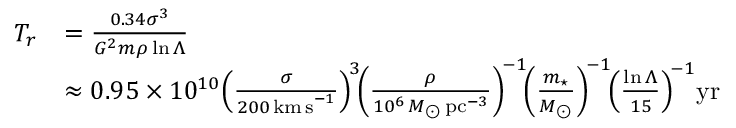
{ \begin{array} { r l } { T _ { r } } & { = { \frac { 0 . 3 4 \sigma ^ { 3 } } { G ^ { 2 } m \rho \ln \Lambda } } } \\ & { \approx 0 . 9 5 \times 1 0 ^ { 1 0 } \! \left( { \frac { \sigma } { 2 0 0 \, \mathrm { k m \, s } ^ { - 1 } } } \right) ^ { \! 3 } \! \! \left( { \frac { \rho } { 1 0 ^ { 6 } \, M _ { \odot } \, \mathrm { p c } ^ { - 3 } } } \right) ^ { \! - 1 } \! \! \left( { \frac { m _ { \star } } { M _ { \odot } } } \right) ^ { \! - 1 } \! \! \left( { \frac { \ln \Lambda } { 1 5 } } \right) ^ { \! - 1 } \! \mathrm { y r } } \end{array} }